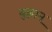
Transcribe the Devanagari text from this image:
युह्वान्